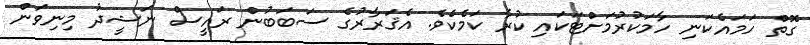
ގޮތް ހަމައެކަނި ހާމަކުރުމަށްޓަކައި ކުރާ ކަމެކެވެ. އެޤަރާރުގެ ސަބަބުން ރައީސް ނަޝީދު މިނިވަން